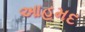
આહમદ